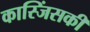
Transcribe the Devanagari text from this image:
कास्जिंसकी